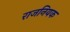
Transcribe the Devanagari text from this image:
राजनियक